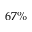
6 7 \%